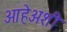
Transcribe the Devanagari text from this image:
आहेअशी